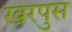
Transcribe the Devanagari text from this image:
खरपुस